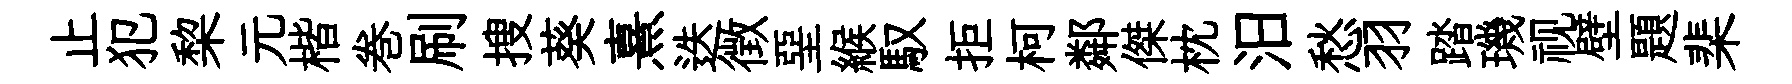
止犯棃元楷巻刷搜葵熹迭徴堊緱馭拒柯鄰傑枕汨愁羽踏璣视壁題棐